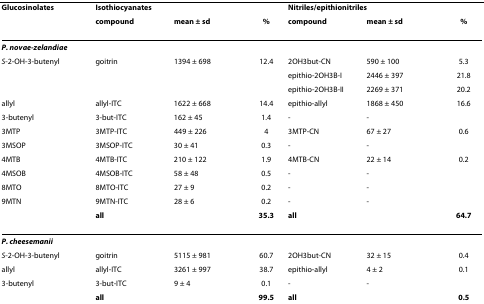
| Glucosinolates | Isothiocyanates |  |  | <COLSPAN=2> Nitriles/epithionitriles |  |
 |  | compound | mean ± sd | % | compound | mean ± sd | % |
 | --- | --- | --- | --- | --- | --- | --- |
 | P. novae-zelandiae |  |  |  |  |  |  |
 | S-2-OH-3-butenyl | goitrin | 1394 ± 698 | 12.4 | 2OH3but-CN | 590 ± 100 | 5.3 |
 |  |  |  |  | epithio-2OH3B-I | 2446 ± 397 | 21.8 |
 |  |  |  |  | epithio-2OH3B-II | 2269 ± 371 | 20.2 |
 | allyl | allyl-ITC | 1622 ± 668 | 14.4 | epithio-allyl | 1868 ± 450 | 16.6 |
 | 3-butenyl | 3-but-ITC | 162 ± 45 | 1.4 | - | - |  |
 | 3MTP | 3MTP-ITC | 449 ± 226 | 4 | 3MTP-CN | 67 ± 27 | 0.6 |
 | 3MSOP | 3MSOP-ITC | 30 ± 41 | 0.3 | - | - |  |
 | 4MTB | 4MTB-ITC | 210 ± 122 | 1.9 | 4MTB-CN | 22 ± 14 | 0.2 |
 | 4MSOB | 4MSOB-ITC | 58 ± 48 | 0.5 | - | - |  |
 | 8MTO | 8MTO-ITC | 27 ± 9 | 0.2 | - | - |  |
 | 9MTN | 9MTN-ITC | 28 ± 6 | 0.2 | - | - |  |
 |  | all |  | 35.3 | all |  | 64.7 |
 | P. cheesemanii |  |  |  |  |  |  |
 | S-2-OH-3-butenyl | goitrin | 5115 ± 981 | 60.7 | 2OH3but-CN | 32 ± 15 | 0.4 |
 | allyl | allyl-ITC | 3261 ± 997 | 38.7 | epithio-allyl | 4 ± 2 | 0.1 |
 | 3-butenyl | 3-but-ITC | 9 ± 4 | 0.1 | - | - |  |
 |  | all |  | 99.5 | all |  | 0.5 |